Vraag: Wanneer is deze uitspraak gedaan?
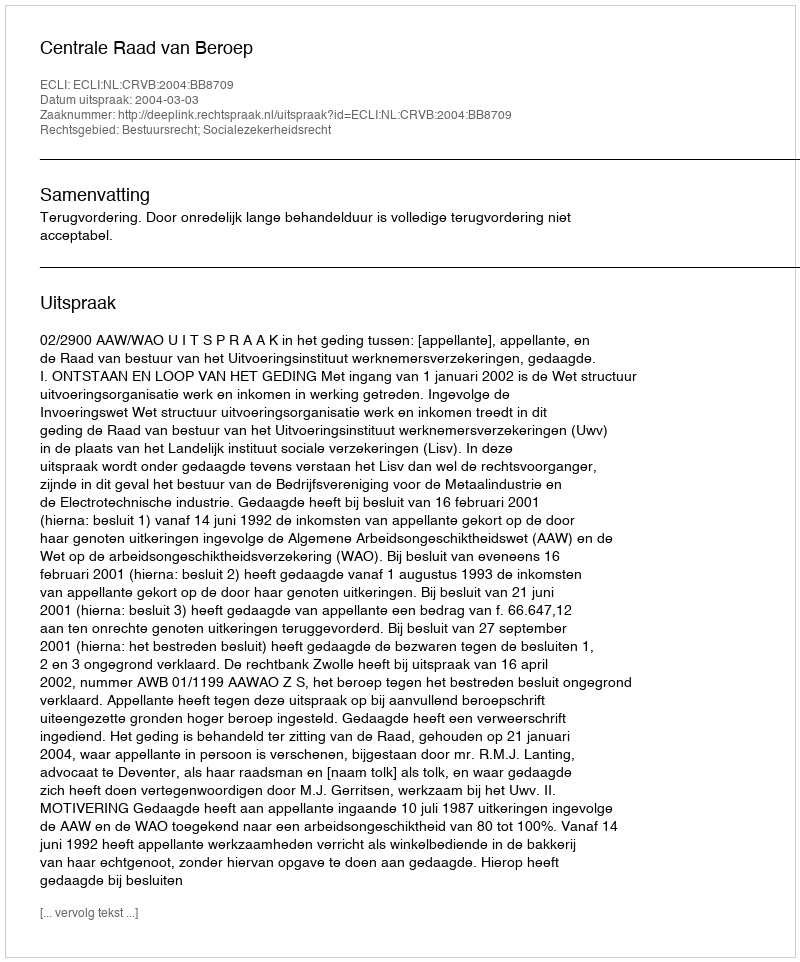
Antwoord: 2004-03-03